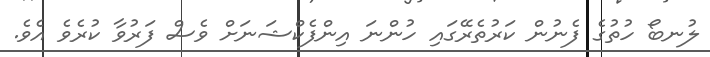
ލުނބޯ ހުތުގެ ފެނުން ކަރުތެރޭގައި ހުންނަ އިންފެކްޝަނަށް ވެސް ފަރުވާ ކުރެވެ އެވެ.